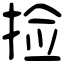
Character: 捡